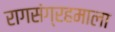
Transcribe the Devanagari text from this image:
रागसंग्रहमाला